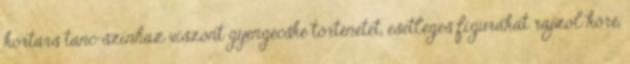
kortárs tánc-színház viszont gyengécske történetet, esetleges figurákat rajzol köré,